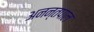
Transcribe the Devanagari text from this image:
अनन्तपाल